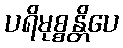
ပရိမုစ္စန္တိပေ